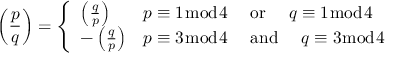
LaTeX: \left( { \frac { p } { q } } \right) = { \left\{ \begin{array} { l l } { \left( { \frac { q } { p } } \right) } & { p \equiv 1 { \bmod { 4 } } \quad { \mathrm { ~ o r ~ } } \quad q \equiv 1 { \bmod { 4 } } } \\ { - \left( { \frac { q } { p } } \right) } & { p \equiv 3 { \bmod { 4 } } \quad { \mathrm { ~ a n d ~ } } \quad q \equiv 3 { \bmod { 4 } } } \end{array} \right. }